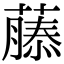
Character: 𮑚